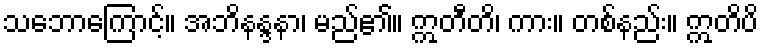
သဘောကြောင့်။ အဘိနန္ဒနာ၊ မည်၏။ ဣတီတိ၊ ကား။ တစ်နည်း။ ဣတိပိ